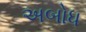
અબોધ